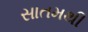
સાતમથી